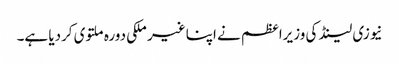
نیوزی لینڈ کی وزیراعظم نے اپنا غیر ملکی دورہ ملتوی کردیا ہے۔